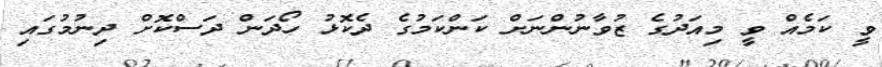
ވީ ކަމެއް ވީ މިއަދުގެ ޒުވާނުންނަށް ކަންކަމުގެ ދެކޮޅު ހޯދަން ދަސްކޮށް ދިނުމުގައި